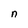
Character: n